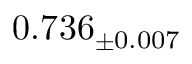
0 . 7 3 6 _ { \pm 0 . 0 0 7 }